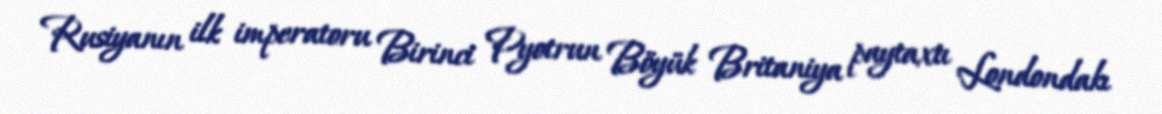
Rusiyanın ilk imperatoru Birinci Pyotrun Böyük Britaniya paytaxtı Londondakı